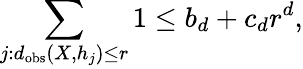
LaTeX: \sum_{j:d_{\mathrm{obs}}(X,h_{j})\leq r}1\leq b_{d}+c_{d}r^{d},